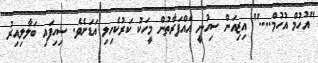
"އުހުމް އުހުމް...." އިޒިއަން ސިހުނީ އެއްފަރާތުން މީހަކު ކަރުކެހިލި އަޑަށެވެ. ސިހިފައި ބަލާލިއިރު